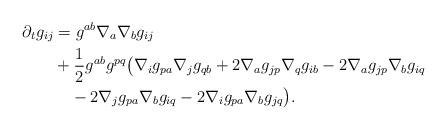
LaTeX: \begin{align*}\partial_t g_{ij} &= g^{ab} \nabla_a \nabla_b g_{ij} \\& + \frac{1}{2} g^{ab} g^{pq} \big( \nabla_i g_{pa} \nabla_j g_{qb} + 2 \nabla_a g_{jp} \nabla_q g_{ib} - 2\nabla_a g_{jp} \nabla_b g_{iq} \\ & \quad-2\nabla_j g_{pa} \nabla_b g_{iq} - 2 \nabla_i g_{pa} \nabla_b g_{jq} \big). \end{align*}